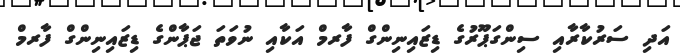
އަދި ސަރުކާރާއި ސިންގަޕޫރުގެ ޑިޒައިނިންގް ފާރމް އަކާއި ނުވަތަ ޖަޕާންގެ ޑިޒައިނިންގް ފާރމް